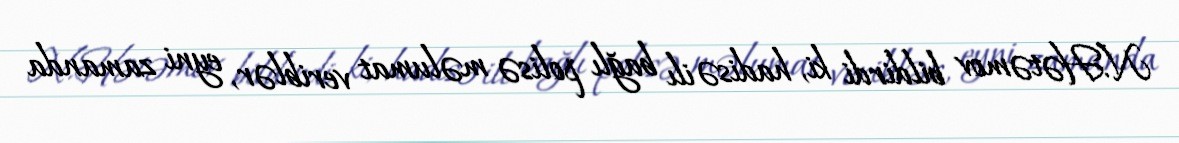
N.Hətəmov bildirdi ki, hadisə ilı bağlı polisə məlumat veriblər, eyni zamanda